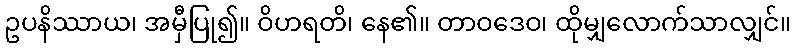
ဥပနိဿာယ၊ အမှီပြု၍။ ဝိဟရတိ၊ နေ၏။ တာဝဒေဝ၊ ထိုမျှလောက်သာလျှင်။